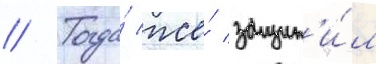
// Тогда́ же́ защит'и́л